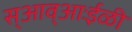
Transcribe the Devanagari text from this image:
स्आव्आःईळी